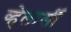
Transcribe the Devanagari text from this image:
व्हेलार्सी